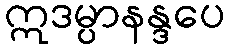
ဣဒမ္ပာနန္ဒပေ